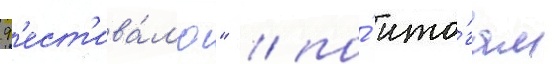
ф'ест'ива́л'ю" / по́ ито́гам